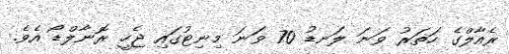
ރެއާލްގެ ހަތަރު ވަނަ ލަނޑު 70 ވަނަ މިނިޓުގައި ޖެހީ ރޮނާލްޑޯ އެވެ.